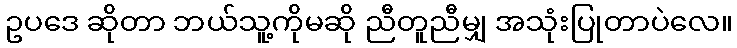
ဥပဒေ ဆိုတာ ဘယ်သူ့ကိုမဆို ညီတူညီမျှ အသုံးပြုတာပဲလေ။